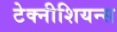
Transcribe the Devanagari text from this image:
टेक्नीशियन्स